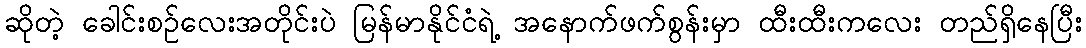
ဆိုတဲ့ ခေါင်းစဉ်လေးအတိုင်းပဲ မြန်မာနိုင်ငံရဲ့ အနောက်ဖက်စွန်းမှာ ထီးထီးကလေး တည်ရှိနေပြီး